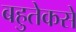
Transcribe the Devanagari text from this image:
बहुतेकसे